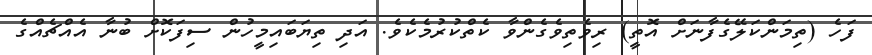
ފަހެ (ތިމަންކަލޭގެފާނަށް އޮތީ) ރިވެތިވެގެންވާ ކެތްކުރުމެކެވެ. އަދި ތިޔަބައިމީހުން ސިފަކޮށް ބުނާ އެއްޗެއްގެ